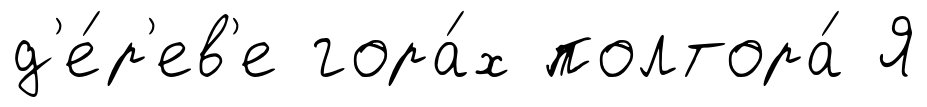
д'е́р'ев'е гора́х полтора́ Я